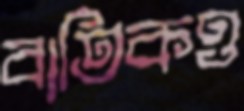
বাতিকও